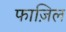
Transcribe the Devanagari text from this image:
फाज़िल